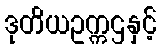
ဒုတိယဥက္ကဌနှင့်